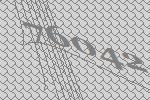
76042